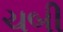
ચબી